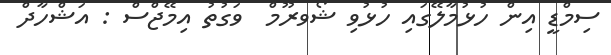
ސިމްޑީ އިން ހުޅުމާލޭގައި ހުޅުވި ޝޯވރޫމް  ވަގުތު އިމޭޖްސް : އަޝްހާދް